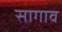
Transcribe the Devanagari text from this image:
सागाव